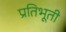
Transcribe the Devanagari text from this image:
प्रतिभूती